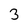
Character: 3